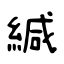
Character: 緘